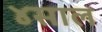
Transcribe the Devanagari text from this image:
४साल